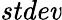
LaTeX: \mathit{stdev}